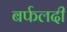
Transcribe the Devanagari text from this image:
बर्फलदी